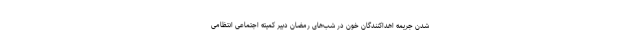
شدن جریمه اهداکنندگان خون در شب‌های رمضان دبیر کمیته اجتماعی انتظامی